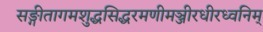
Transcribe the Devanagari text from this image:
सङ्गीतागमशुद्धसिद्धरमणीमञ्जीरधीरध्वनिम्